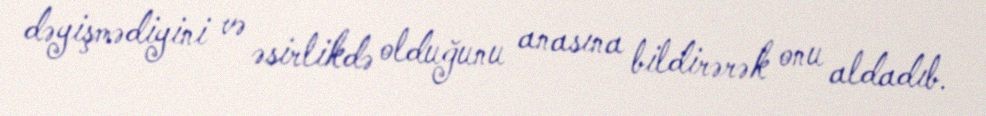
dəyişmədiyini və əsirlikdə olduğunu anasına bildirərək onu aldadıb.